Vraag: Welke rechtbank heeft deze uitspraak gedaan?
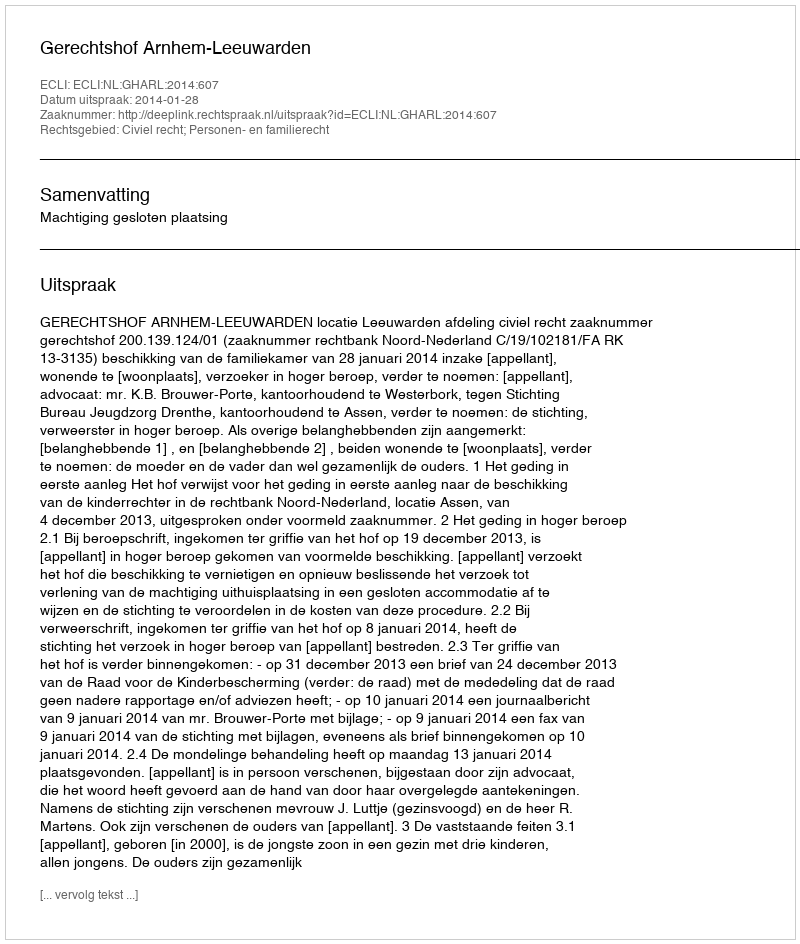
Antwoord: Gerechtshof Arnhem-Leeuwarden